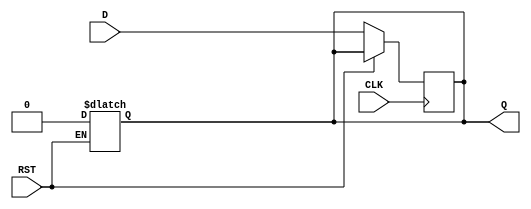
module InputRegister (
    input wire D,        // Data Input
    input wire CLK,      // Clock Input
    input wire RST,      // Asynchronous Reset
    output reg Q         // Output
);

// Asynchronous Reset
always @(*) begin
    if (RST) begin
        Q <= 1'b0;      // Reset output to 0
    end
end

// Synchronous operation on clock edge
always @(posedge CLK) begin
    if (!RST) begin
        Q <= D;         // Capture input data on rising edge of CLK
    end
end

endmodule